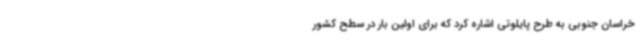
خراسان جنوبی به طرح پایلوتی اشاره کرد که برای اولین بار در سطح کشور